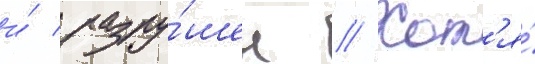
и́ разру́шен // Хот'я́